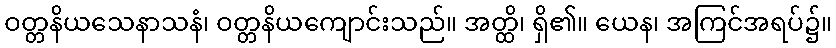
ဝတ္တနိယသေနာသနံ၊ ဝတ္တနိယကျောင်းသည်။ အတ္ထိ၊ ရှိ၏။ ယေန၊ အကြင်အရပ်၌။